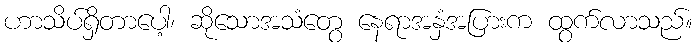
ဟာသိပ်ရှိတာပေါ့၊ ဆိုသောအသံတွေ နေရာအနှံအပြားက ထွက်လာသည်။